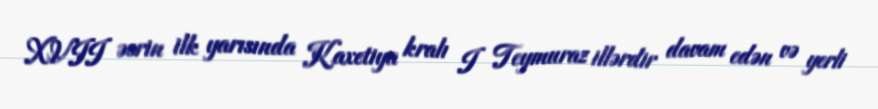
XVII əsrin ilk yarısında Kaxetiya kralı I Teymuraz illərdir davam edən və yerli